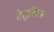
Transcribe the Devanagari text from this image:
टेलुरियम